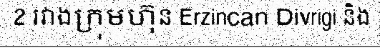
2 រវាងក្រុមហ៊ុន Erzincan Divrigi និង